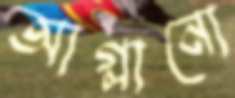
আগ্‌লানো